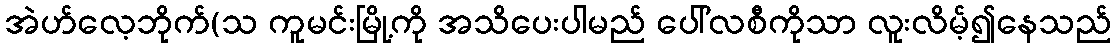
အဲဟ်လေ့ဘိုက်(သ ကူမင်းမြို့ကို အသိပေးပါမည် ပေါ်လစီကိုသာ လူးလိမ့်၍နေသည်